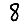
Digit: 8